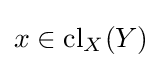
x\in {\rm {cl}}_{X}(Y)